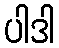
ပါဒါ